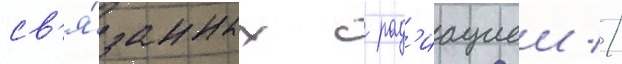
св'я́занных с рад'иациеи //